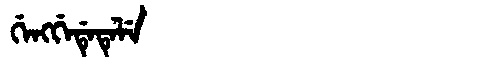
Manchu: ᡤᡝᠩᡤᡝᡩᡝᡨᡝᠯᡝ
Romanization: GENGGEDETELE